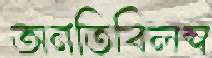
অনতিবিলম্ব